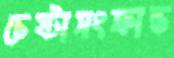
চেষ্টাসংক্রান্ত